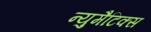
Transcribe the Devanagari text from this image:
न्युमैटिक्स